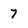
Character: 7